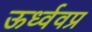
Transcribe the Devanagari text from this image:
ऊर्ध्ववप्र